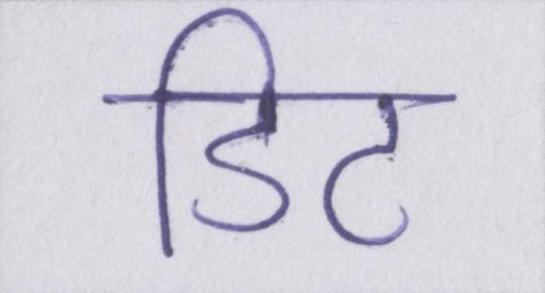
डिट